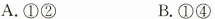
A.①② B.①④